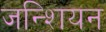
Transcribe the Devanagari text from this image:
जन्शियन